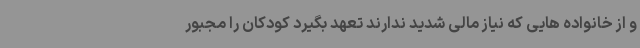
و از خانواده هایی که نیاز مالی شدید ندارند تعهد بگیرد کودکان را مجبور